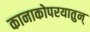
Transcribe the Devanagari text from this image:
कानाकोपरयातुन्